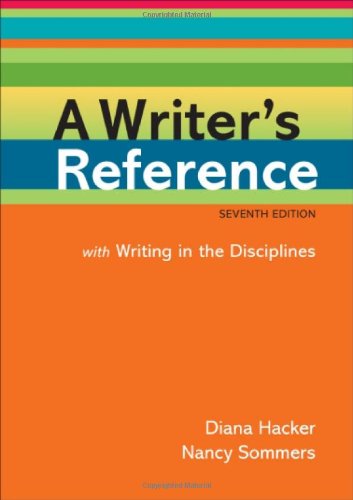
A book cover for A Writer's Reference with Writing in the Disciplines; Diana Hacker; Reference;